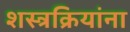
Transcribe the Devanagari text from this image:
शस्त्रक्रियांना